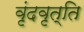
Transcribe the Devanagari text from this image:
वृंदवृत्ति